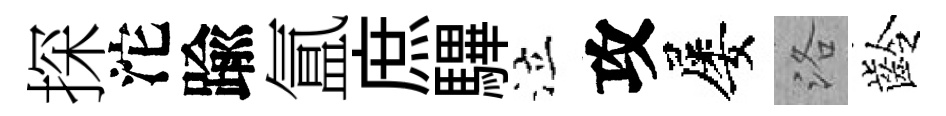
探沱踰氲庶驆泣攻屡洛齡